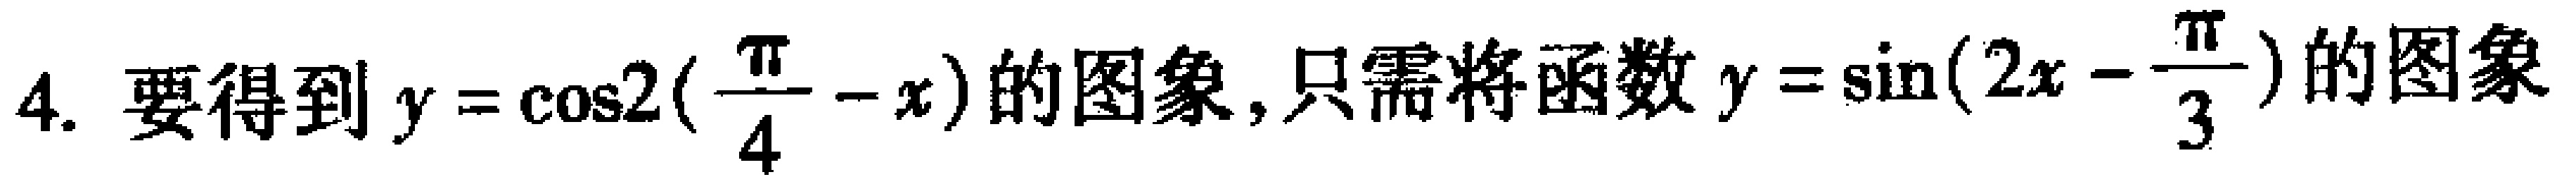
4. 要得到$y = \cos2(\frac{\pi}{4} - x)$的图象, 只需将函数$y = \sin(2x - \frac{\pi}{3})$的图象